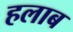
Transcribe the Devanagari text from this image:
हलाब